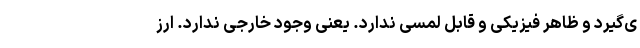
ی‌گیرد و ظاهر فیزیکی و قابل لمسی ندارد. یعنی وجود خارجی ندارد. ارز